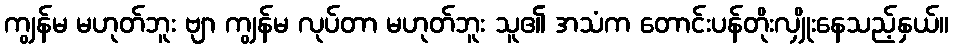
ကျွန်မ မဟုတ်ဘူး ဗျာ ကျွန်မ လုပ်တာ မဟုတ်ဘူး သူ၏ အသံက တောင်းပန်တိုးလျှိုးနေသည့်နှယ်။